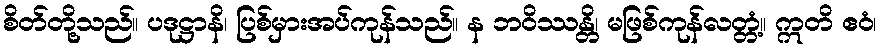
စိတ်တို့သည်။ ပဒုဋ္ဌာနိ၊ ပြစ်မှားအပ်ကုန်သည်။ န ဘဝိဿန္တိ၊ မဖြစ်ကုန်လတ္တံ့။ ဣတိ ဧဝံ၊